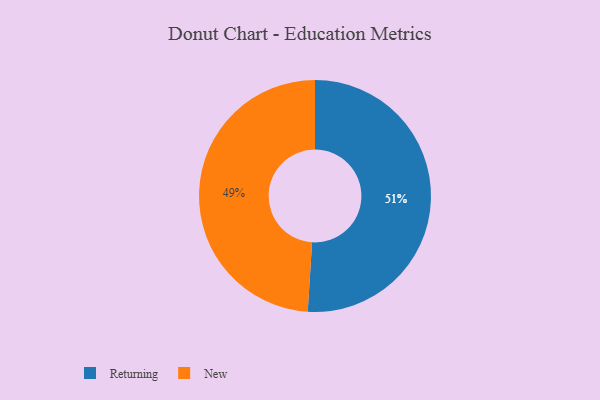
{"axis": {"x": "Category", "y": "Percentage"}, "legend": ["New", "Returning"], "data": [{"x": "Returning", "y": 51, "type": "Returning"}, {"x": "New", "y": 49, "type": "New"}]}